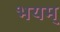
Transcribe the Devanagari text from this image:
भयम्